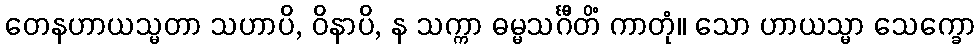
တေနဟာယသ္မတာ သဟာပိ, ဝိနာပိ, န သက္ကာ ဓမ္မသင်္ဂီတိံ ကာတုံ။ သော ဟာယသ္မာ သေက္ခော